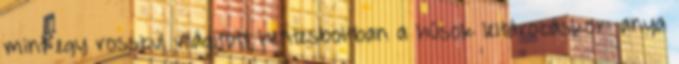
mint egy rosszul világított hentesboltban a húsok leltározáskor: anya